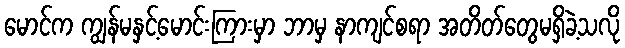
မောင်က ကျွန်မနှင့်မောင်းကြားမှာ ဘာမှ နာကျင်စရာ အတိတ်တွေမရှိခဲ့သလို